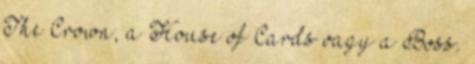
The Crown, a House of Cards vagy a Boss.